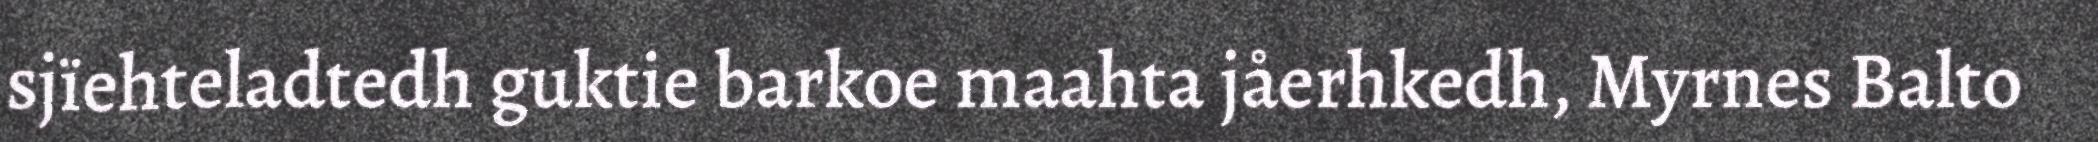
sjïehteladtedh guktie barkoe maahta jåerhkedh, Myrnes Balto